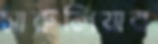
সারুলিয়ার